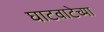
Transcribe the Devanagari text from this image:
घाटवाटेच्या